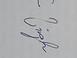
Signature authenticity: genuine